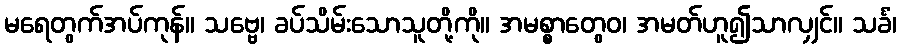
မရေတွက်အပ်ကုန်။ သဗ္ဗေ၊ ခပ်သိမ်းသောသူတို့ကို။ အမစ္စာတွေဝ၊ အမတ်ဟူ၍သာလျှင်။ သင်္ခံ၊